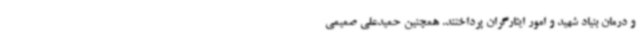
و درمان بنیاد شهید و امور ایثارگران پرداختند. همچنین حمیدعلی صمیمی